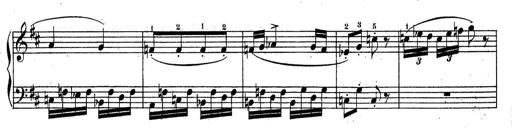
Title: Sonatine No.3
Composer: Peter Piel
Key: D major